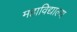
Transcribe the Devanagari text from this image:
महाविद्याल्य